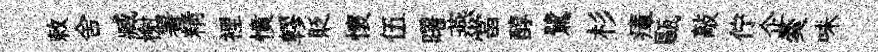
敕舍臧榭署精裡憤轇貶懷伍曙燕當醇鷺杉瘴甌敲佇企羮味